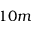
1 0 m